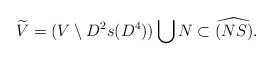
\begin{align*} \widetilde{V}=(V\setminus D^2s(D^4))\bigcup N\subset\widehat{(NS)}.\end{align*}